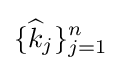
\{{\widehat {k}}_{j}\}_{j=1}^{n}